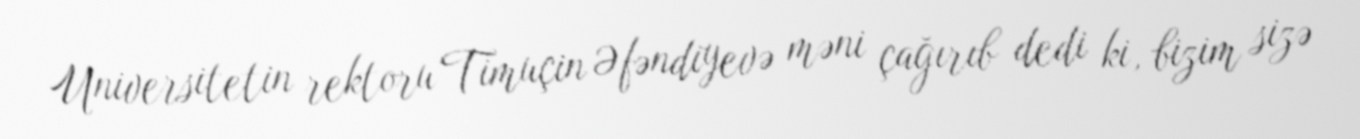
Universitetin rektoru Timuçin Əfəndiyevə məni çağırıb dedi ki, bizim sizə